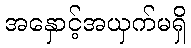
အနှောင့်အယှက်မရှိ